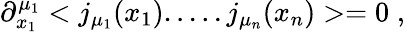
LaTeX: \partial_{x_{1}}^{\mu_{1}}<j_{\mu_{1}}(x_{1}).....j_{\mu_{n}}(x_{n})>=0\; ,